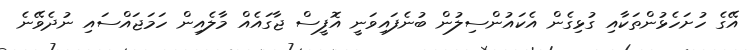
އޭގެ ހުށަހެޅުންތަކާއި ގުޅިގެން އެކައުންސިލުން ބުނެފައިވަނީ އޮފީސް ޖާގައެއް މާލެއިން ހަމަޖައްސައި ނުދެވޭނެ